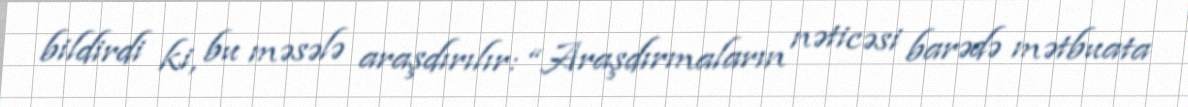
bildirdi ki, bu məsələ araşdırılır: “Araşdırmaların nəticəsi barədə mətbuata